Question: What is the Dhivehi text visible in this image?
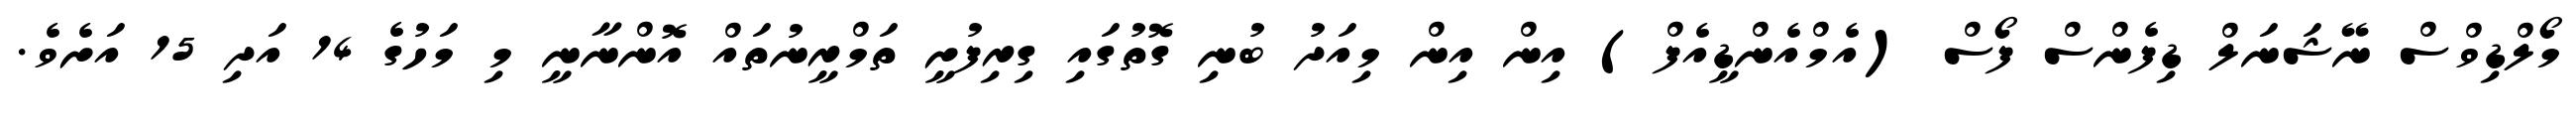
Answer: މޯލްޑިވްސް ނޭޝަނަލް ޑިފެންސް ފޯސް (އެމްއެންޑީއެފް) އިން އިން މިއަދު ބުނި ގޮތުގައި ގިރިފުށީ ތަމްރީނުތައް އޮންނާނީ މި މަހުގެ 14 އަދި 15 އަށެވެ.